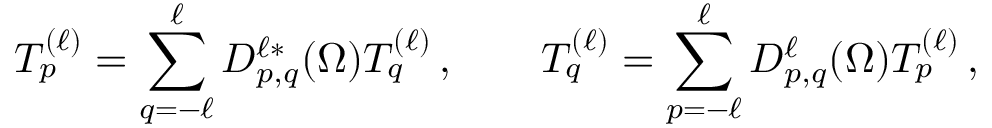
T _ { p } ^ { ( \ell ) } = \sum _ { q = - \ell } ^ { \ell } D _ { p , q } ^ { \ell * } ( \Omega ) T _ { q } ^ { ( \ell ) } \, , \qquad T _ { q } ^ { ( \ell ) } = \sum _ { p = - \ell } ^ { \ell } D _ { p , q } ^ { \ell } ( \Omega ) T _ { p } ^ { ( \ell ) } \, ,